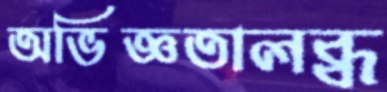
অভিজ্ঞতালব্ধ